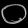
Digit: ၀